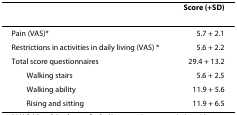
<table><thead><tr><td></td><td><b>Score (+SD)</b></td></tr></thead><tbody><tr><td>Pain (VAS)*</td><td>5.7 + 2.1</td></tr><tr><td>Restrictions in activities in daily living (VAS) *</td><td>5.6 + 2.2</td></tr><tr><td>Total score questionnaires</td><td>29.4 + 13.2</td></tr><tr><td> Walking stairs</td><td>5.6 + 2.5</td></tr><tr><td> Walking ability</td><td>11.9 + 5.6</td></tr><tr><td> Rising and sitting</td><td>11.9 + 6.5</td></tr></tbody></table>